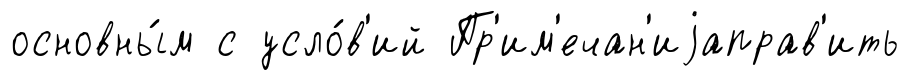
основны́м с усло́в'ий Пр'им'ечан'иjаправ'ить